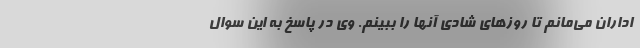
اداران می‌مانم تا روزهای شادی آنها را ببینم. وی در پاسخ به این سوال